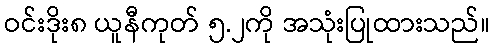
ဝင်းဒိုး၈ ယူနီကုတ် ၅.၂ကို အသုံးပြုထားသည်။